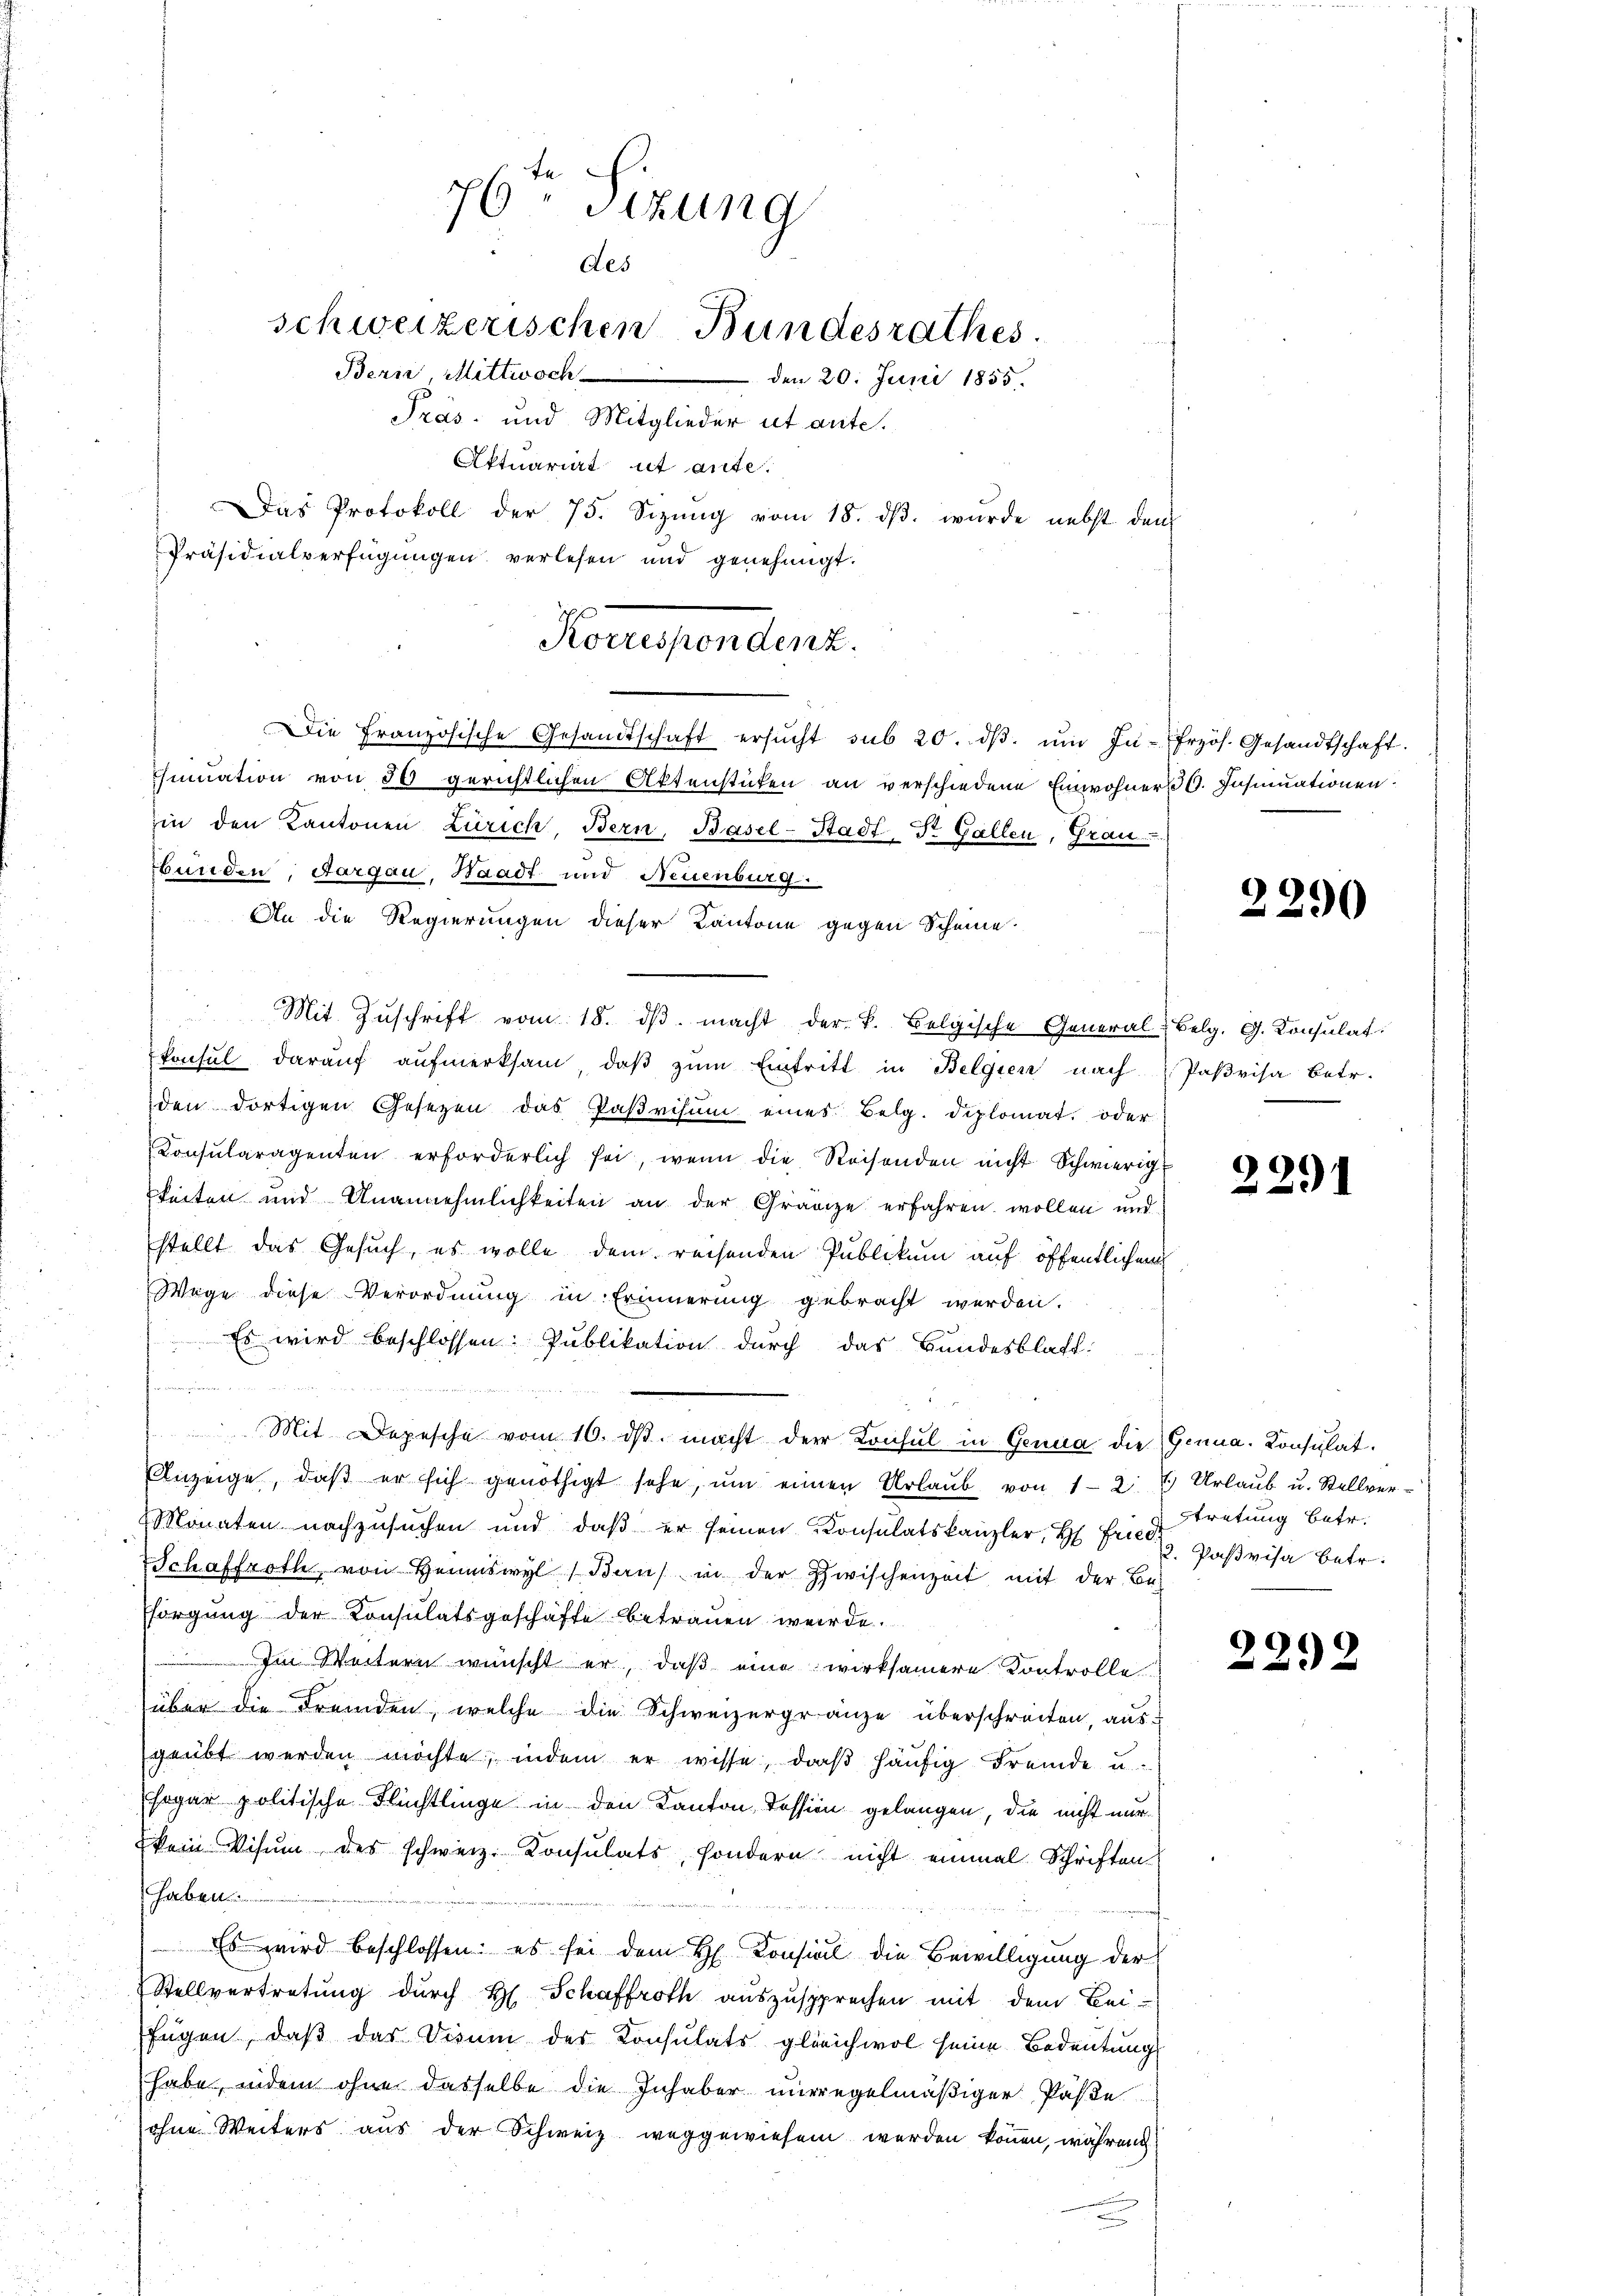
76 Sizung
des
schweizerischen Bundesrathes.
Bern, Mittwoch den 20. Juni 1855.
Pras und Mitglieder ut ante.

Aktuariat it ante.
Das Protokoll der 75. Sizŭng vom 18. dβ. wurde nebst dem
Präsidialverfügŭngen verlesen und genehmigt.
Die Französische Gesandtschaft ersŭcht sub 20. dβ. ŭm In- frzös. Gesandtschaft.
Ginuation von 50 gerichtlichen Aktenstücken an verschiedene Einwohner 30. Insinuationenin den Kantonen Zürich, Bern, Basel-Stadt-Dr. Gallen, Grau
bunden, Aargau, Waadt und Neuenburg.
An die Regierungen dieser Kantone gegen Scheine
 Mit Zŭschrift vom 18. dβ. macht der k. Belgische General-Belg. G. Konsulat
konsul daraŭf aŭfmerksam, daβ zŭm Eintritt in Belgien nach (Pasvisa betr.
den dortigen Gesezen das Paβrisŭm eines Belg. diplomat. oder
Konsŭlaragenten erforderlich sei, wenn die Reisenden nicht Schwierig-
keiten und Unannehmlichkeiten an der Gränze erfahren wollen und
stellt das Gesuch, es wolle dem reisenden Publikum auf öffentlichem
Wege diese Verordnung in Erinnerung gebracht werden.
 Es wird beschlossen. Publikation durch das Bundesblatt:
e
Mit Depesche vom 16. dβ. macht der Konsul in Genua die Genua, Consulat.
Anzeige, daβ er sich genöthigt sehe, ŭm einen Urlaŭb von 1-2 7) Urlaŭb u. Stellver-
Monaten nachzusuchen und daß er seinen Consulatskanzler, H. Fried Gaßvisa betr.
Schaffroth, von Heimswyl ( Bau in der Zwischenzeit mit der Be-
Esorgung der Konsulatsgeschäfte betrauen werde.
 Im Weitern wünscht er, daß eine wirksamere Kontrolle
über die Fremden, welche die Schweizergränze überschreiten, aus
geübt werden möchte, indem er wisse, daß häufig Fremde u.
sogar politische Flüchtlinge in den Kanton Tession gelangen, die nicht nur
kein Visum des schweiz. Konsulats, sondern nicht einmal Schriften
haben.
Es wird beschlossen: es sei dem H Consial die Bewilligung der
Stellvertretung durch H. Schaffroth auszusprechen mit dem Bei-
fügen, daß das Disum der Konsulats gleichwol seine Bedeutung
habe, indem ohne dasselbe die Inhaber mirregelmäßiger Päße
ohne Weiters aus der Schweiz weggewiesen werden können, während

Recependent.

2290

2291

stretung betr.

.
2292